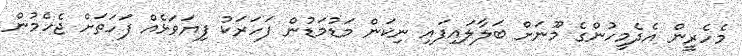
މެހެރީން އެދެމީހުންގެ މޫނަށް ބަލާލައިފައި ނިކަން މަޑުމަޑުން ފަހަރަކު ފިޔަވަޅެއް ފަހަތަށް ޖެހެމުން